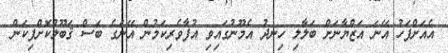
އެއަށްފަހު އޭނަ އަޒްޔާނަށް ބަލާލި ހިނދު އެމޫނުގައިވި އުފާވެރިކަމުން އޭނަގެ ބަސް ޤަބޫލުކޮށްފިކަން